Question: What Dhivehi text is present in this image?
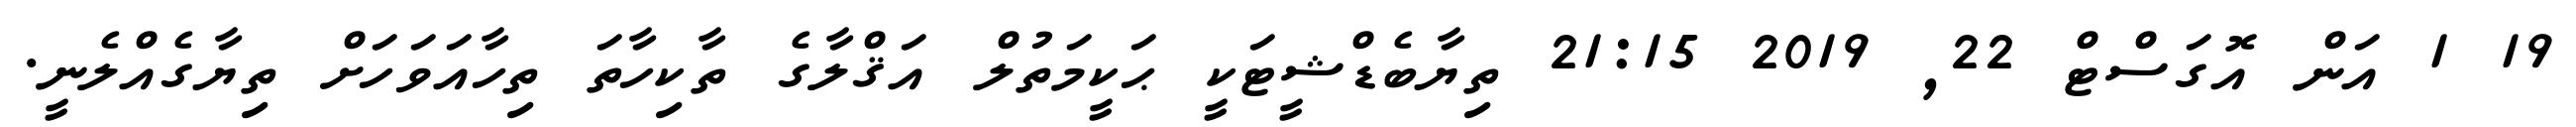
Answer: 19 1 އަން އޮގަސްޓް 22, 2019 21:15 ތިޔާބެޑްޝީޓަކީ ޙަކީމަތުލް އަޤްލާގެ ތާކިހާތަ ތިހާއަވަހަށް ތިޔާގެއްލެނީ.